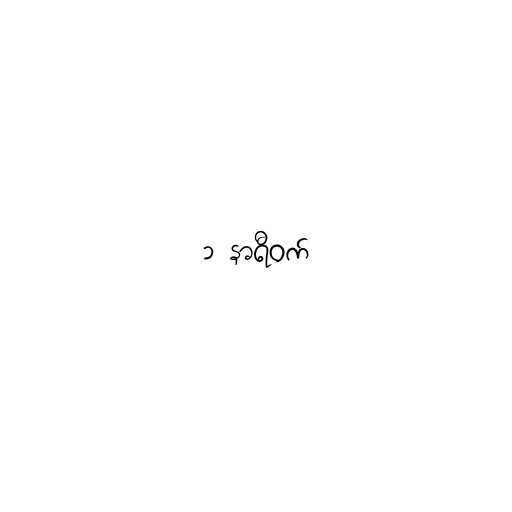
၁ နာရီဝက်